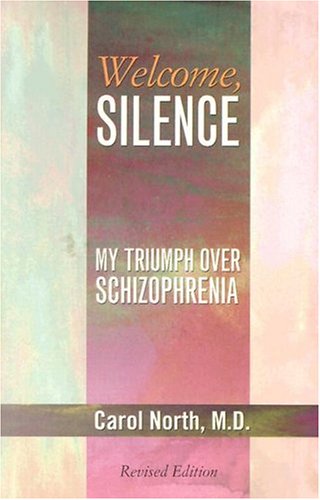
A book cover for Welcome, Silence; Carol North; Health, Fitness & Dieting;